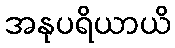
အနုပရိယာယိ